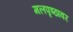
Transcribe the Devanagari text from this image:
मलपृष्ठावर